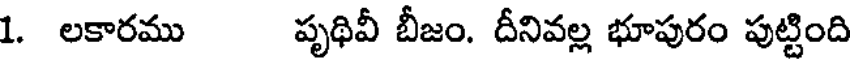
1. లకారము పృథివీ బీజం. దీనివల్ల భూపురం పుట్టింది